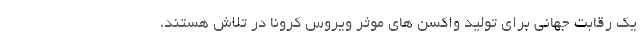
یک رقابت جهانی برای تولید واکسن های موثر ویروس کرونا در تلاش هستند،